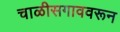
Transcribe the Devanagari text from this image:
चाळीसगाववरून